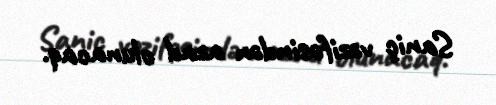
Saniç vəzifəsindən azad olunacaq.